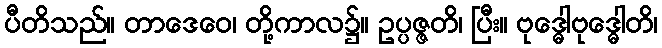
ပီတိသည်။ တာဒေဝေ၊ တို့ကာလ၌။ ဥပ္ပဇ္ဇတိ၊ ပြီး။ ဗုဒ္ဓေါဗုဒ္ဓေါတိ၊